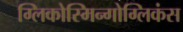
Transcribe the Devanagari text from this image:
ग्लिकोस्मिन्गोग्लिकंस